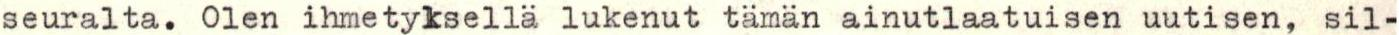
seuralta. Olen ihmetyksellä lukenut tämän ainutlaatuisen uutisen, sil-